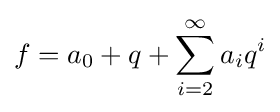
f=a_{0}+q+\sum _{i=2}^{\infty }a_{i}q^{i}